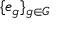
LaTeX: \{ e _ { g } \} _ { g \in G }